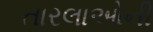
તારલાઓની